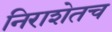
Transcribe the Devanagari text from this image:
निराशेतच